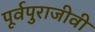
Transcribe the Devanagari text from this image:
पूर्वपुराजीवी